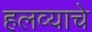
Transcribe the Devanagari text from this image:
हलव्याचे